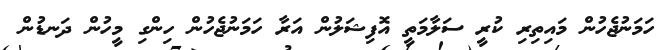
ހަމަނުޖެހުން މައިތިރި ކުރީ ސަލާމަތީ އޮފިޝަލުން އަރާ ހަމަނުޖެހުން ހިންގި މީހުން ދަނޑުން